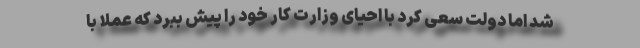
شد اما دولت سعی کرد با احیای وزارت کار خود را پیش ببرد که عملا با